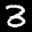
Label: 3